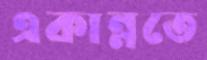
একান্নতে